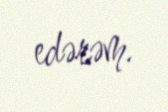
edərəm.